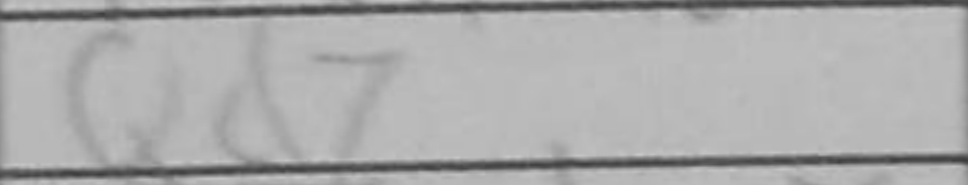
Transcription: Qd7